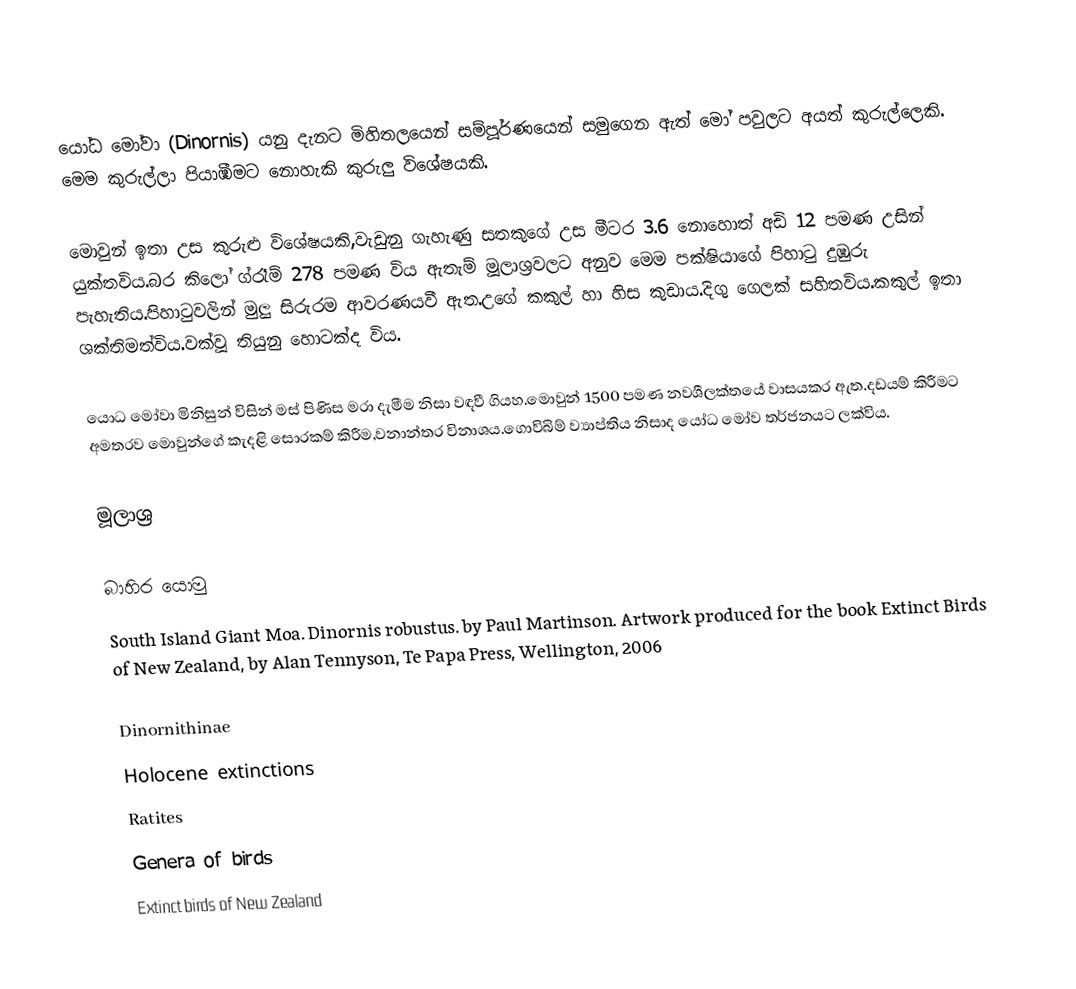
යෝධ මෝවා (Dinornis) යනු දැනට මිහිතලයෙන් සම්පූර්ණයෙන් සමුගෙන ඇත් මෝ පවුලට අයත් කුරුල්ලෙකි. මෙම කුරුල්ලා පියාඹීමට නොහැකි කුරුලු විශේෂයකි.

මොවුන් ඉතා උස කුරුළු විශේෂයකි,වැඩුනු ගැහැණු සතකුගේ උස මීටර 3.6 නොහොත් අඩි 12 පමණ උසින් යුක්තවිය.බර කිලෝ ග්රෑම් 278 පමණ විය ඇතැම් මූලාශ්‍රවලට අනුව මෙම පක්ෂියාගේ පිහාටු දුඹුරු පැහැතිය.පිහාටුවලින් මුලු සිරුරම ආවරණයවී ඇත.උගේ කකුල් හා හිස කුඩාය.දිගු ගෙලක් සහිතවිය.කකුල් ඉතා ශක්තිමත්විය.වක්වූ තියුනු හොටක්ද විය.

යොධ මෝවා මිනිසුන් විසින් මස් පිණිස මරා දැමීම නිසා වඳවී ගියහ.මොවුන් 1500 පමණ නවශීලක්තයේ වාසයකර ඇත.දඩයම් කිරීමට අමතරව මොවුන්ගේ කැදළි සොරකම් කිරීම,වනාන්තර විනාශය.ගොවිබිම් ව්‍යාප්තිය නිසාද යෝධ මෝව තර්ජනයට ලක්විය.

මූලාශ්‍ර

බාහිර යොමු
 South Island Giant Moa. Dinornis robustus. by Paul Martinson. Artwork produced for the book Extinct Birds of New Zealand, by Alan Tennyson, Te Papa Press, Wellington, 2006

Dinornithinae
Holocene extinctions
Ratites
Genera of birds
Extinct birds of New Zealand